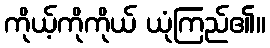
ကိုယ့်ကိုကိုယ် ယုံကြည်၏။